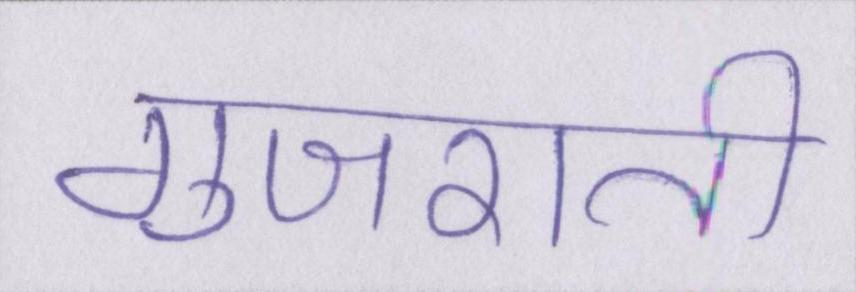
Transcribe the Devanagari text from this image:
गुजराती